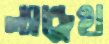
ল্যান্ড্রেথ